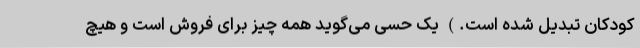
کودکان تبدیل شده است.) یک حسی می‌گوید همه چیز برای فروش است و هیچ